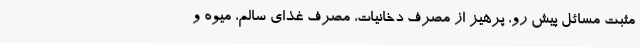
مثبت مسائل پیش رو، پرهیز از مصرف دخانیات، مصرف غذای سالم، میوه و